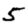
Digit: 5